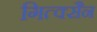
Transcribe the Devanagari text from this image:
गित्क्सैन